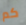
كم